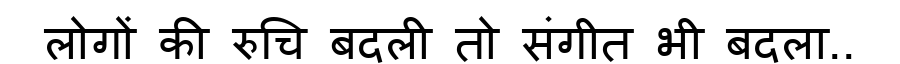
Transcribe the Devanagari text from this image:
लोगों की रुचि बदली तो संगीत भी बदला..